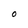
Character: O